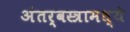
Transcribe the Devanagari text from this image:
अंतर्वस्त्रामध्ये